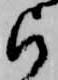
被